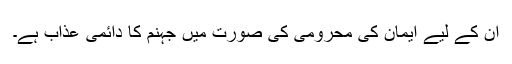
ان کے لیے ایمان کی محرومی کی صورت میں جہنم کا دائمی عذاب ہے۔